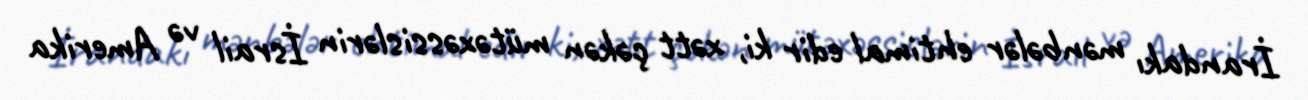
İrandakı mənbələr ehtimal edir ki, xətt çəkən mütəxəssislərin İsrail və Amerika